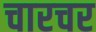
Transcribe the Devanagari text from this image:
चारचर